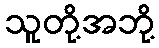
သူတို့အဘို့